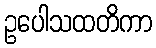
ဥပေါသထတိကာ